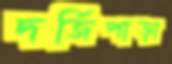
দর্জিপাড়া